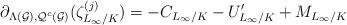
LaTeX: \begin{align*}\partial_{\Lambda(\mathcal{G}), \mathcal{Q}^c(\mathcal{G})}(\zeta^{(j)}_{L_{\infty}/K}) = -C_{L_{\infty}/K} - U'_{L_{\infty}/K} + M_{L_{\infty}/K}\end{align*}